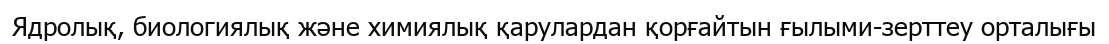
Ядролық, биологиялық және химиялық қарулардан қорғайтын ғылыми-зерттеу орталығы